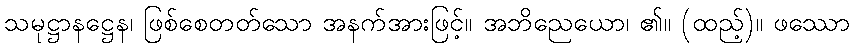
သမုဋ္ဌာနဋ္ဌေန၊ ဖြစ်စေတတ်သော အနက်အားဖြင့်။ အဘိညေယော၊ ၏။ (ထည့်)။ ဖဿော